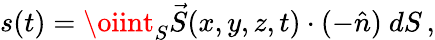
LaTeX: s(t)=\oiint_{S}\vec{S}(x,y,z,t)\cdot(-\hat{n})\ dS\, ,